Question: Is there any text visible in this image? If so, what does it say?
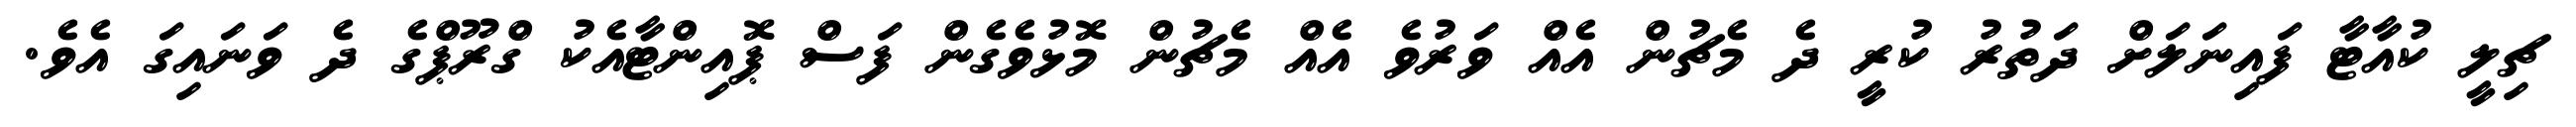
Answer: ޗިލީ ކުއާޓާ ފައިނަލަށް ދަތުރު ކުރީ ދެ މެޗުން އެއް ވަރުވެ އެއް މެޗުން މޮޅުވެގެން ފަސް ޕޮއިންޓާއެކު ގްރޫޕްގެ ދެ ވަނައިގަ އެވެ.